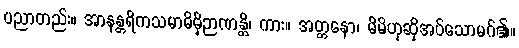
ပညာတည်း။ အာနန္တရိကသမာဓိမှိဉာဏန္တိ၊ ကား။ အတ္တနော၊ မိမိဟုဆိုအပ်သောမဂ်၏။